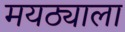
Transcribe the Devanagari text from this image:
मयठ्याला